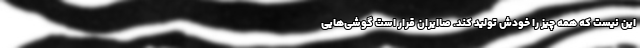
این نیست که همه چیز را خودش تولید کند. صاایران قرار است گوشی‌هایی